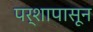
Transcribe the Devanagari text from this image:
पर्शापासून